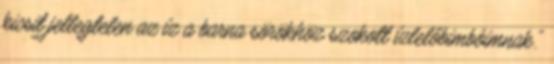
kicsit jellegtelen az íz a barna sörökhöz szokott ízlelőbimbóimnak."